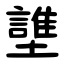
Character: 䜃